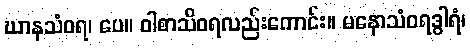
ဃာနသံဝရ၊ ပေ။ ဝါစာသိဝရလည်းကောင်း။ မနောသံဝရဒွါရံ၊